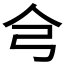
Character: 𢎦